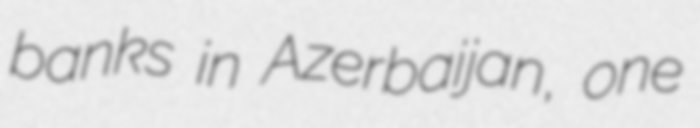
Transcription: banks in Azerbaijan, one